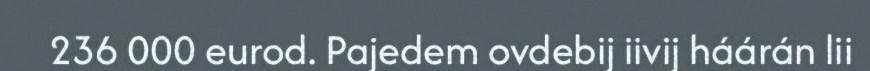
236 000 eurod. Pajedem ovdebij iivij háárán lii